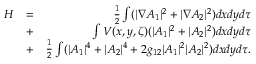
\begin{array} { r l r } { { \cal H } } & { = } & { \frac { 1 } { 2 } \int ( | \nabla A _ { 1 } | ^ { 2 } + | \nabla A _ { 2 } | ^ { 2 } ) d x d y d \tau } \\ & { + } & { \int V ( x , y , \zeta ) ( | A _ { 1 } | ^ { 2 } + | A _ { 2 } | ^ { 2 } ) d x d y d \tau } \\ & { + } & { \frac { 1 } { 2 } \int ( | A _ { 1 } | ^ { 4 } + | A _ { 2 } | ^ { 4 } + 2 g _ { 1 2 } | A _ { 1 } | ^ { 2 } | A _ { 2 } | ^ { 2 } ) d x d y d \tau . } \end{array}